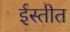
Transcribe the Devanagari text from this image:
ईस्तीत